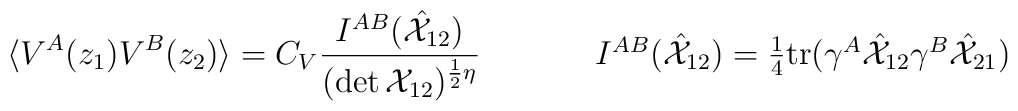
\begin{array}{cc}\displaystyle{\langle V^{A}(z_{1})V^{B}(z_{2})\rangle =C_{V}\frac{I^{AB}(\hat{{\cal X}}_{12})}{(\det {\cal X}_{12})^{\frac{1}{2}\eta}}}~~~~&~~~~I^{AB}(\hat{{\cal X}}_{12})=\textstyle{\frac{1}{4}}\mbox{tr}(\gamma^{A}\hat{{\cal X}}_{12}\gamma^{B}\hat{{\cal X}}_{21})\end{array}